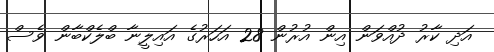
އަދި ކާރު ދުއްވަން އިން އުރުން 28 އަހަރުގެ އައިލީނާ ބްލެކްބާން ވެސް